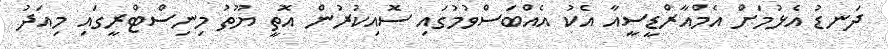
ދަނޑު އެޅުމަށް އެމްއާރްޑީސީއާ އެކު އެއްބަސްވުމުގައި ސޮއިކުރުން އޮތީ ޔޫތު މިނިސްޓްރީގައި މިއަދު